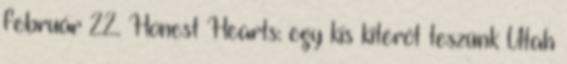
február 22. Honest Hearts: egy kis kitérőt teszünk Utah